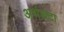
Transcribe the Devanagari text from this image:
अर्थछ्टा